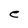
Character: e